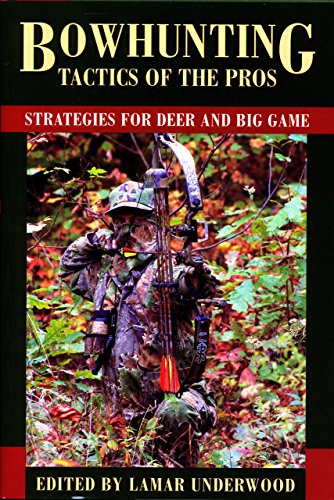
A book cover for Bowhunting Tactics of the Pros: Strategies for Deer and Big Game; Sports & Outdoors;